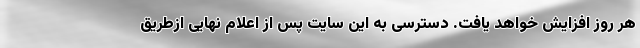
هر روز افزایش خواهد یافت. دسترسی به این سایت پس از اعلام نهایی ازطریق